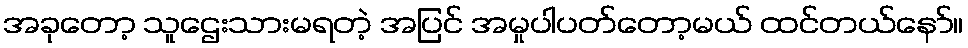
အခုတော့ သူဌေးသားမရတဲ့ အပြင် အမှုပါပတ်တော့မယ် ထင်တယ်နော်။